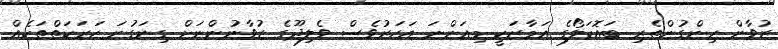
ޒުވާން ހިންގުންތެރި ބައޮކަލޯގެ އަމާޒަކީ މިއަންނަ އަހަރުވެސް ވެލިދޫގެ ޒުވާނުންނަށް ގިނަގުނަ ހަރަކަތްތަކެއް